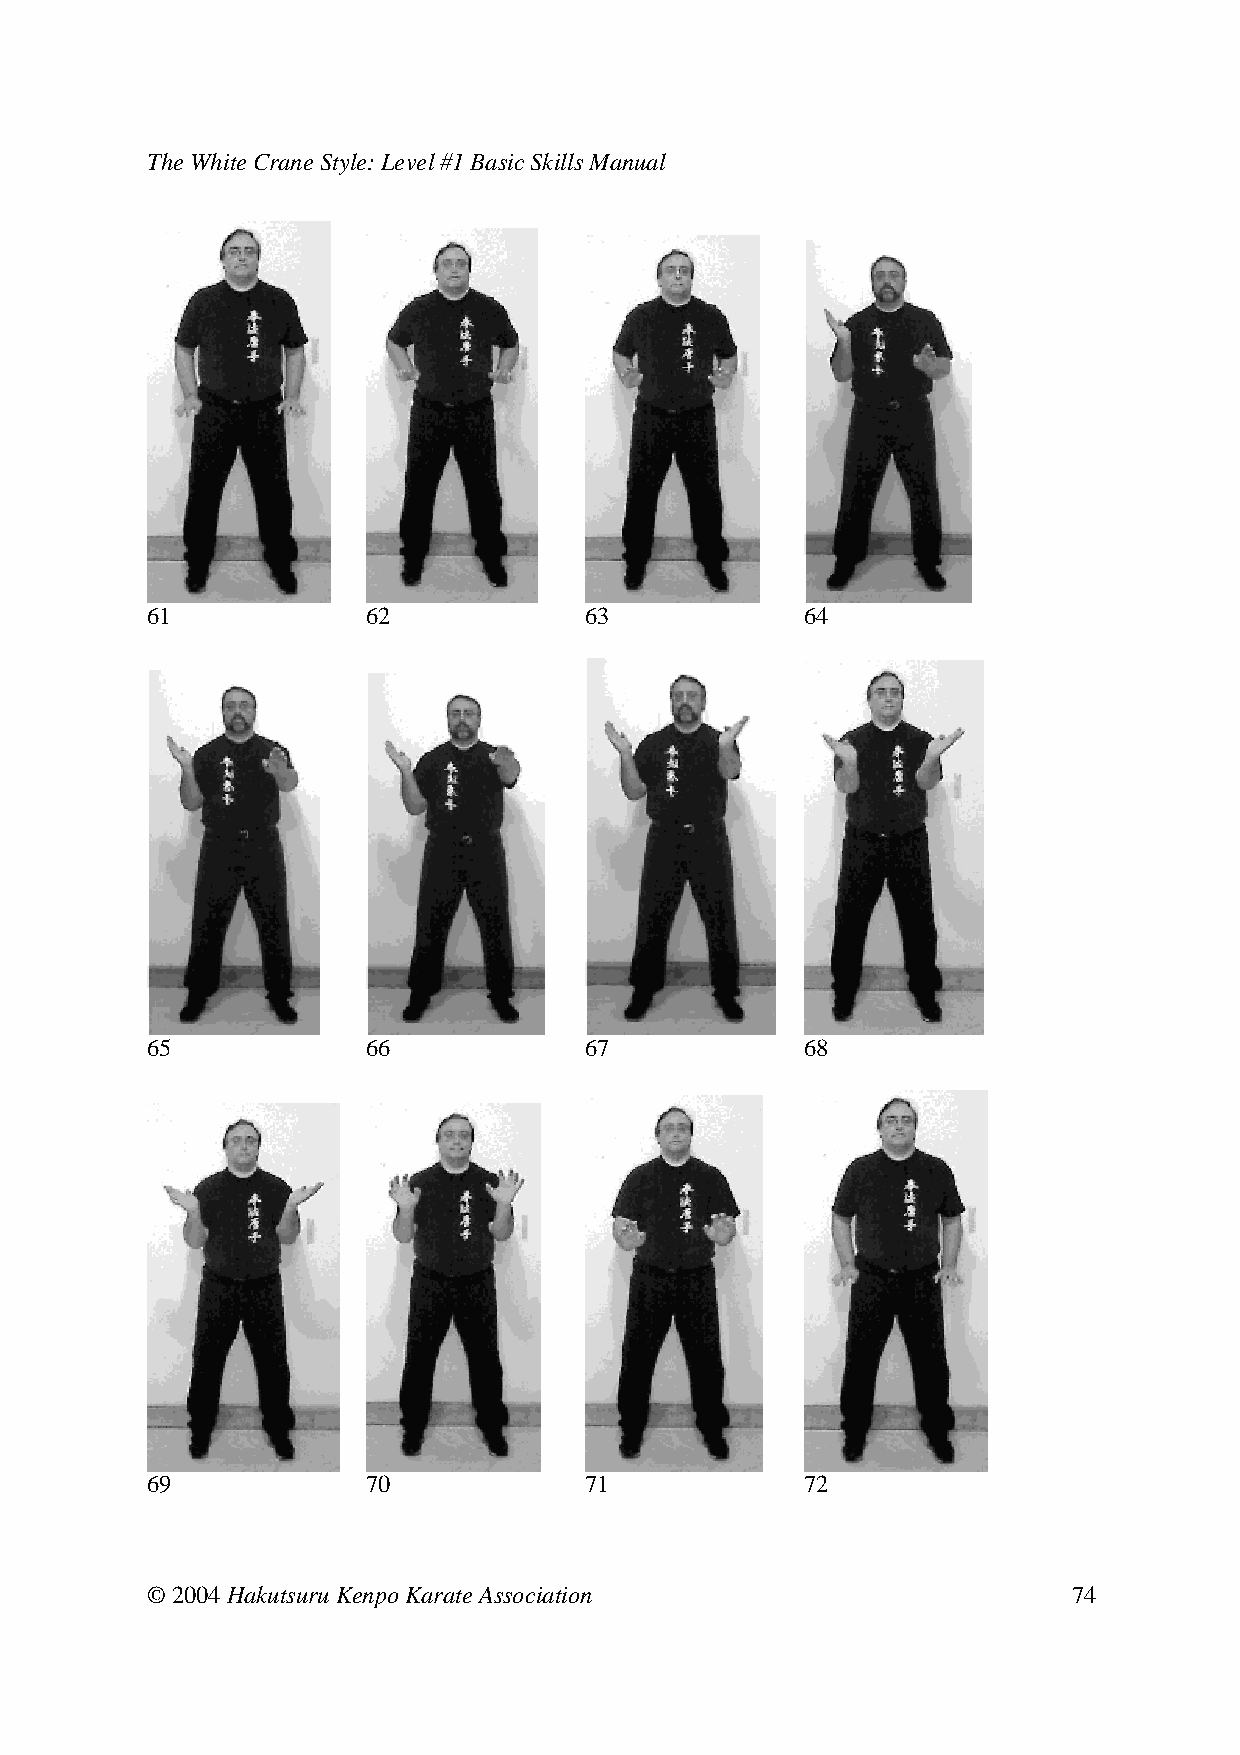
The White Crane Style: Level #1 Basic Skills Manual
 61     62     63      64
 65     66     67      68
 69     70     71      72
 © 2004 Hakutsuru Kenpo Karate Association                    74